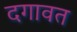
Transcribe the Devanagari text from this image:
दगावत